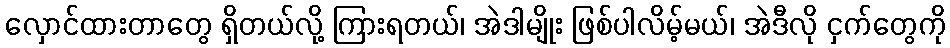
လှောင်ထားတာတွေ ရှိတယ်လို့ ကြားရတယ်၊ အဲဒါမျိုး ဖြစ်ပါလိမ့်မယ်၊ အဲဒီလို ငှက်တွေကို